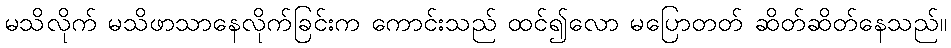
မသိလိုက် မသိဖာသာနေလိုက်ခြင်းက ကောင်းသည် ထင်၍လော မပြောတတ် ဆိတ်ဆိတ်နေသည်။